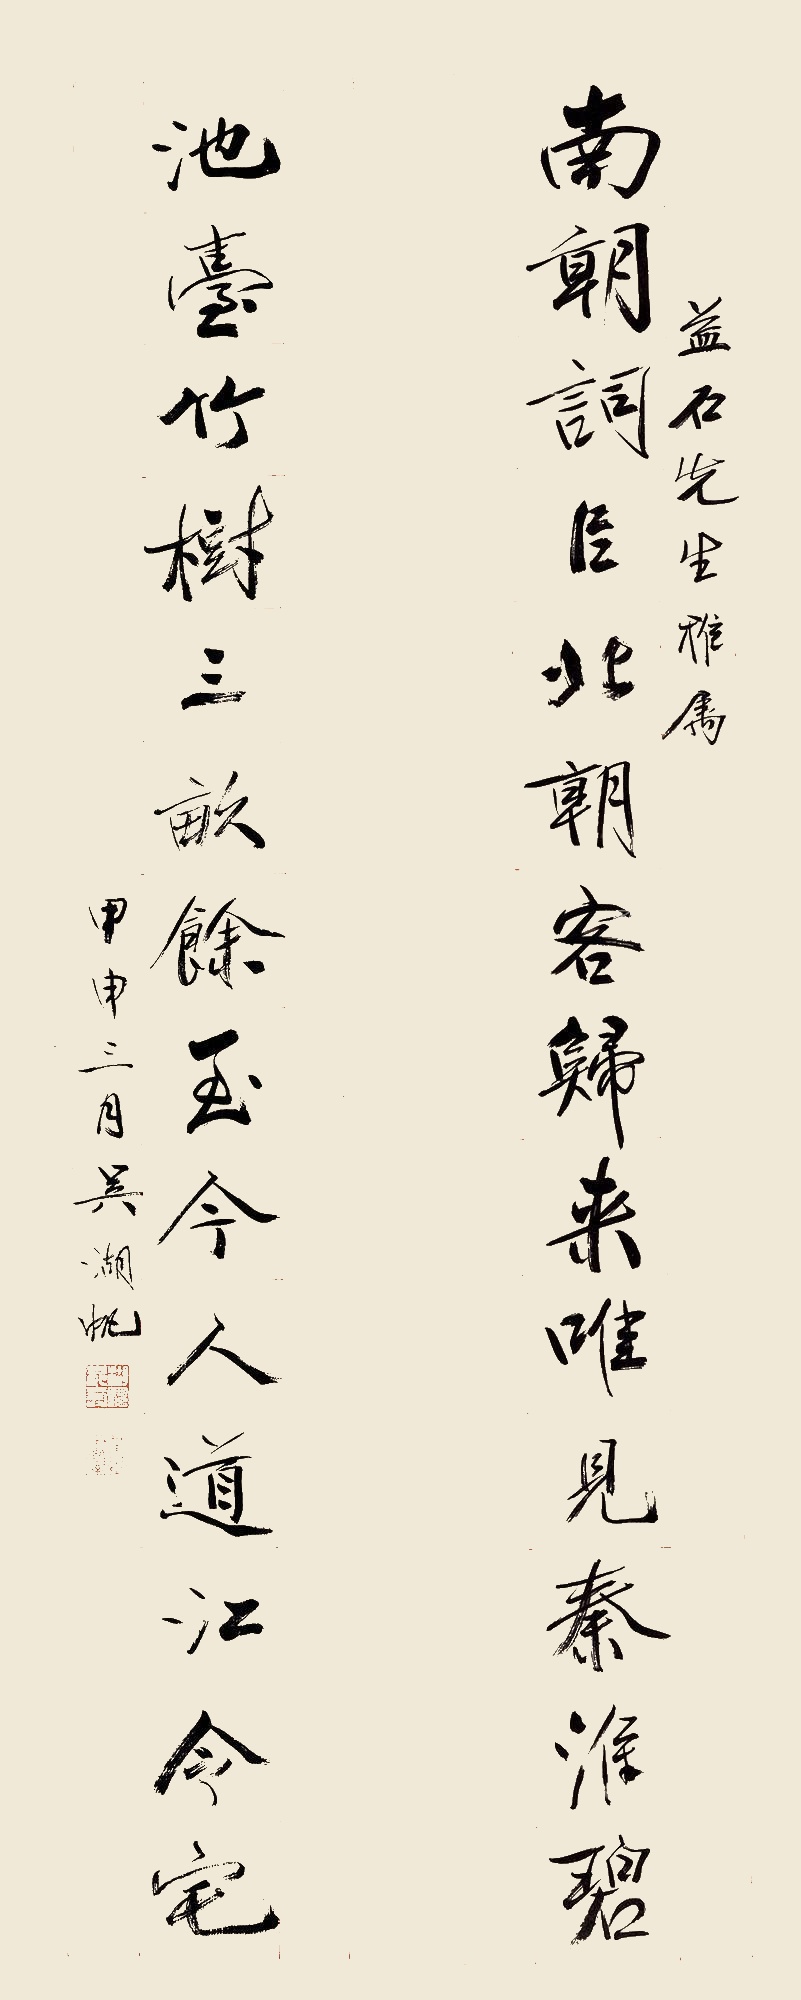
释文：南朝词臣北朝客归来唯见秦淮碧，池台竹树三亩余至今人道江令宅。益石先生雅属。甲申三月，吴湖帆。